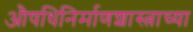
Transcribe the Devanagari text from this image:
औषधिनिर्माणशास्त्राच्या